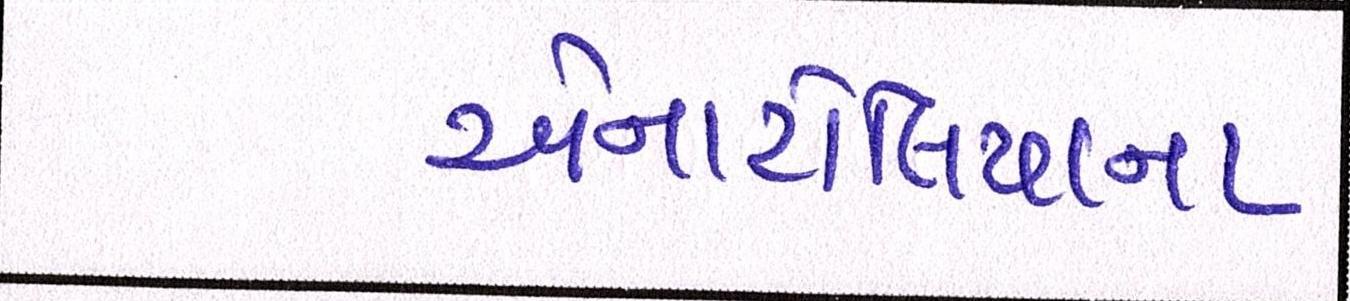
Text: એનાટોલિયાના